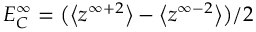
E _ { C } ^ { \infty } = \big ( \big < z ^ { \infty + 2 } \big > - \big < z ^ { \infty - 2 } \big > \big ) / 2